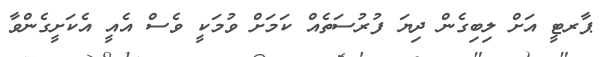
ޕާރޓީ އަށް ލިބިގެން ދިޔަ ފުރުސަތެއް ކަމަށް ވުމަކީ ވެސް އެއީ އެކަށީގެންވާ